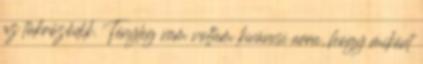
az tükröződik. Tényleg nem voltam kíváncsi arra, hogy miként